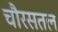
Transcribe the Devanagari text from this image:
चौरसतल